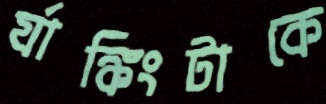
র‍্যাঙ্কিংটাকে